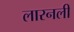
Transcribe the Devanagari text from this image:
लारनली